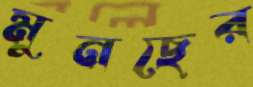
মুনছের